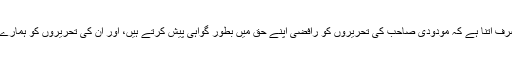
فرق صرف اتنا ہے کہ مودودی صاحب کی تحریروں کو رافضی اپنے حق میں بطور گواہی پیش کرتے ہیں، اور ان کی تحریروں کو ہمارے خلاف!